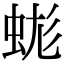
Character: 𧊑